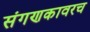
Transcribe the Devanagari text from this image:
संगणकावरच